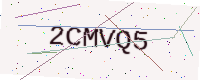
Text: 2CMVQ5